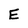
Character: E